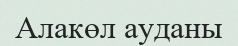
Алакөл ауданы